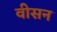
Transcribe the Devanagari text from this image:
वीसन